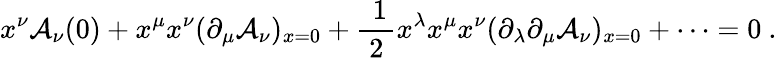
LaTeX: x^{\nu}{\cal A}_{\nu}(0)+x^{\mu}x^{\nu}(\partial_{\mu}{\cal A}_{\nu})_{x=0}+\mathrm{\frac{~1}{~2~}}x^{\lambda}x^{\mu}x^{\nu}(\partial_{\lambda}\partial_{\mu}{\cal A}_{\nu})_{x=0}+\cdots=0\ .